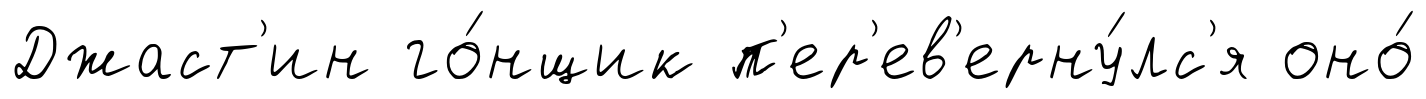
Джаст'ин го́нщик п'ер'ев'ерну́лс'я оно́